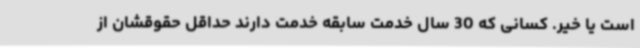
است یا خیر. کسانی که 30 سال خدمت سابقه خدمت دارند حداقل حقوقشان از